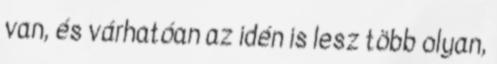
van, és várhatóan az idén is lesz több olyan,